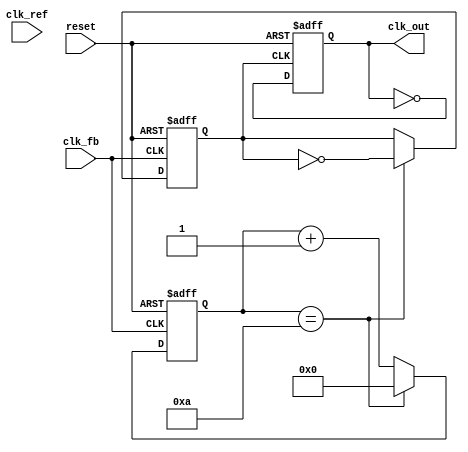
module cp_pll (
    input wire clk_ref,            // Reference clock input
    input wire clk_fb,             // Feedback clock from VCO
    input wire reset,              // Reset signal
    output reg clk_out             // Output clock from VCO
);

    // PFD signals
    reg pfd_up, pfd_down;
    reg pfd_ready;

    // Charge Pump signals
    reg [7:0] charge_current;      // Charge pump current (8-bit for simplicity)
    reg [7:0] discharge_current;   // Discharge pump current (8-bit for simplicity)
    reg [15:0] loop_filter;        // Loop filter output (16-bit for control voltage)

    // VCO frequency control
    reg [7:0] vco_control;         // Control voltage for VCO
    reg [7:0] vco_frequency;       // VCO frequency output

    // Frequency Divider
    reg [3:0] divider_count;       // Divider count
    reg clk_div;                   // Divided clock

    // Phase Frequency Detector (PFD)
    always @(posedge clk_ref or posedge reset) begin
        if (reset) begin
            pfd_up <= 0;
            pfd_down <= 0;
            pfd_ready <= 0;
        end else begin
            // Simple PFD logic
            if (clk_ref && !clk_fb) begin
                pfd_up <= 1;
                pfd_down <= 0;
                pfd_ready <= 1;
            end else if (!clk_ref && clk_fb) begin
                pfd_up <= 0;
                pfd_down <= 1;
                pfd_ready <= 1;
            end else begin
                pfd_up <= 0;
                pfd_down <= 0;
            end
        end
    end

    // Charge Pump
    always @(posedge clk_ref or posedge reset) begin
        if (reset) begin
            charge_current <= 0;
            discharge_current <= 0;
        end else begin
            if (pfd_up) begin
                charge_current <= charge_current + 1; // Increment charge current
            end else if (pfd_down) begin
                discharge_current <= discharge_current + 1; // Increment discharge current
            end
        end
    end

    // Loop Filter
    always @(posedge clk_ref or posedge reset) begin
        if (reset) begin
            loop_filter <= 0;
        end else begin
            loop_filter <= loop_filter + charge_current - discharge_current; // Simple integration
        end
    end

    // Voltage-Controlled Oscillator (VCO)
    always @(posedge clk_ref or posedge reset) begin
        if (reset) begin
            vco_control <= 0;
            vco_frequency <= 0;
        end else begin
            vco_control <= loop_filter[7:0]; // Using lower 8 bits for control
            vco_frequency <= vco_control;     // VCO frequency controlled by loop filter
        end
    end

    // Frequency Divider
    always @(posedge clk_fb or posedge reset) begin
        if (reset) begin
            divider_count <= 0;
            clk_div <= 0;
        end else begin
            if (divider_count == 4'd10) begin // Example divide by 10
                clk_div <= ~clk_div;
                divider_count <= 0;
            end else begin
                divider_count <= divider_count + 1;
            end
        end
    end

    // Output Clock
    always @(posedge clk_div or posedge reset) begin
        if (reset) begin
            clk_out <= 0;
        end else begin
            clk_out <= ~clk_out; // Output clock toggled on divided clock
        end
    end

endmodule